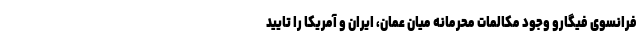
فرانسوی فیگارو وجود مکالمات محرمانه میان عمان، ایران و آمریکا را تایید